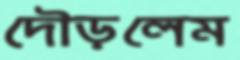
দৌড়লেম